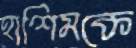
হাশিমকে